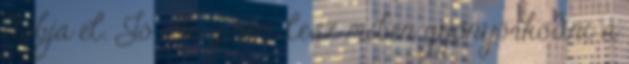
dobja el. Jó ideig nem lesz miben gyönyörködni a